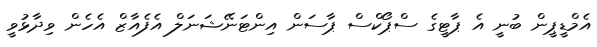
އެމްޑީޕީން ބުނީ އެ ޕާޓީގެ ސްޕޯކްސް ޕާސަން އިންޓަނޭޝަނަލް އެފެއާޒް އެހެން ވިދާޅުވީ